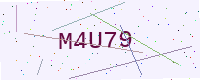
Text: M4U79